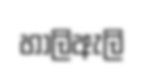
හාලිඇලි